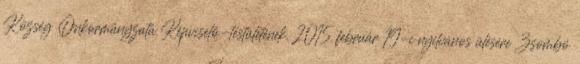
Község Önkormányzata Képviselő-testületének. 2015. február 19-i nyilvános ülésére Zsombó